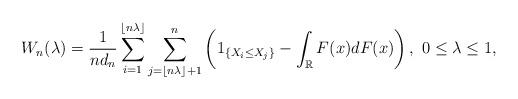
LaTeX: \begin{align*}W_n(\lambda)=\frac{1}{n d_n}\sum\limits_{i=1}^{\lfloor n\lambda\rfloor}\sum\limits_{j=\lfloor n\lambda\rfloor+1}^n\left(1_{\left\{X_i\leq X_j\right\}}-\int_{\mathbb{R}}F(x)dF(x)\right), \ 0\leq \lambda\leq 1,\end{align*}